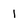
Character: l